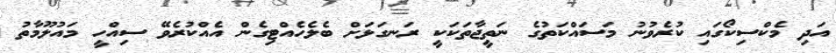
އަދި މެކްސިކޯގައި ކުރެވުނު މަސައްކަތުގެ ނަތީޖާތަކަކީ ރަނގަޅަށް ބެލެހެއްޓިގެން އެއްކުރެވޭ ސިއްހީ މައުލޫމާތު